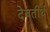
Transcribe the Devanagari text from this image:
देवतीर्थ